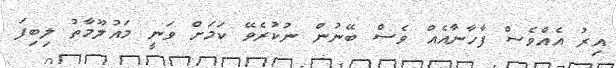
އިރު އެއްވެސް ފާހާނާއެއް ވެސް ބޭނުން ނުކުރެވޭ ކަމަށް ވަނީ މައުލޫމާތު ލިބިފަ